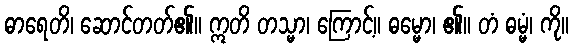
ဓာရေတိ၊ ဆောင်တတ်၏။ ဣတိ တသ္မာ၊ ကြောင့်။ ဓမ္မော၊ ၏။ တံ ဓမ္မံ၊ ကို။